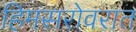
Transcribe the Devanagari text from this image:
हिमसरोवरात